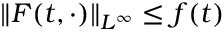
\| F ( t , \cdot ) \| _ { L ^ { \infty } } \leq f ( t )